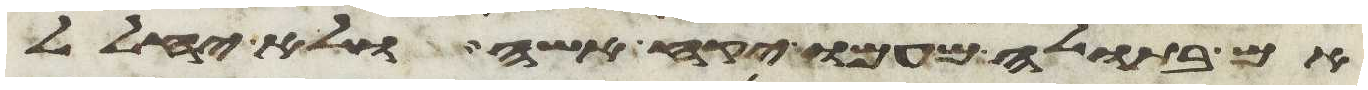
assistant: אם בתולה מעמו יקח אשה ולא יחלל